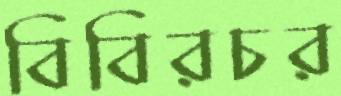
বিবিরচর